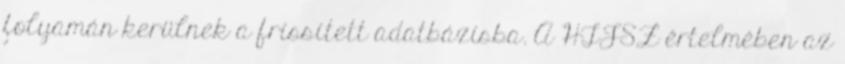
folyamán kerülnek a frissített adatbázisba. A HTJSZ értelmében az